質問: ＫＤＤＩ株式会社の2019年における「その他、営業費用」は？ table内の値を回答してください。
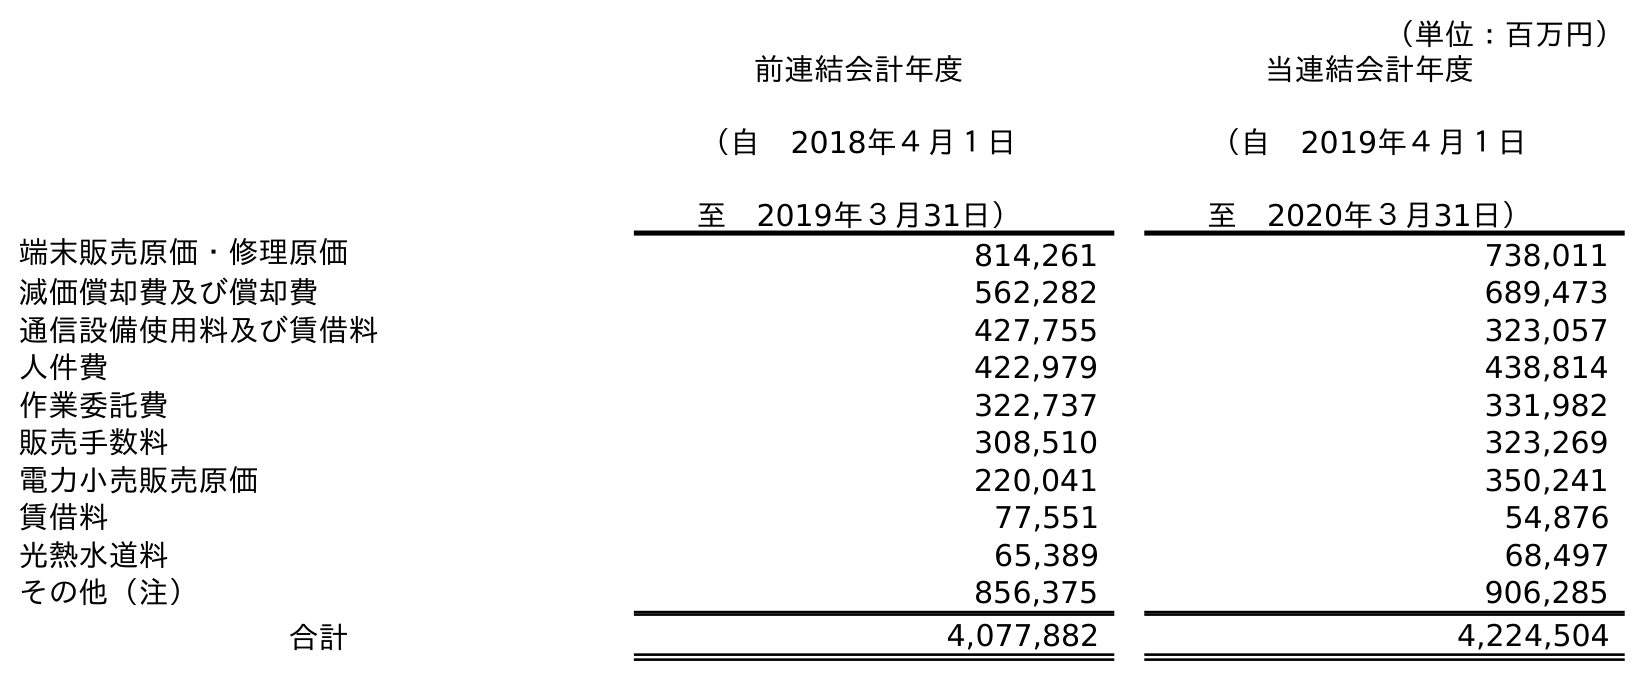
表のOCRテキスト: （単位：百万円） 前連結会計年度 （自 2018年４月１日 至 2019年３月31日） 当連結会計年度 （自 2019年４月１日 至 2020年３月31日） 端末販売原価・修理原価 814,261 738,011 減価償却費及び償却費 562,282 689,473 通信設備使用料及び賃借料 427,755 323,057 人件費 422,979 438,814 作業委託費 322,737 331,982 販売手数料 308,510 323,269 電力小売販売原価 220,041 350,241 賃借料 77,551 54,876 光熱水道料 65,389 68,497 その他（注） 856,375 906,285 合計 4,077,882 4,224,504
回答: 856,375